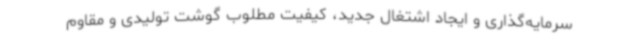
سرمایه‌گذاری و ایجاد اشتغال جدید، کیفیت مطلوب گوشت تولیدی و مقاوم